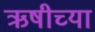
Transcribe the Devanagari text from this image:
ऋषीच्या